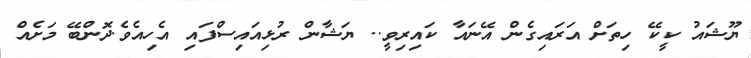
ޔޫޝައު ކީކޭ ހިތަށް އަރައިގެން އޭނައާ ކައިރިވީ.. ޔަޝާން ރުޅިއައިސްފައި އެހިއެވެ.ދޮންބޭ މަށެއް